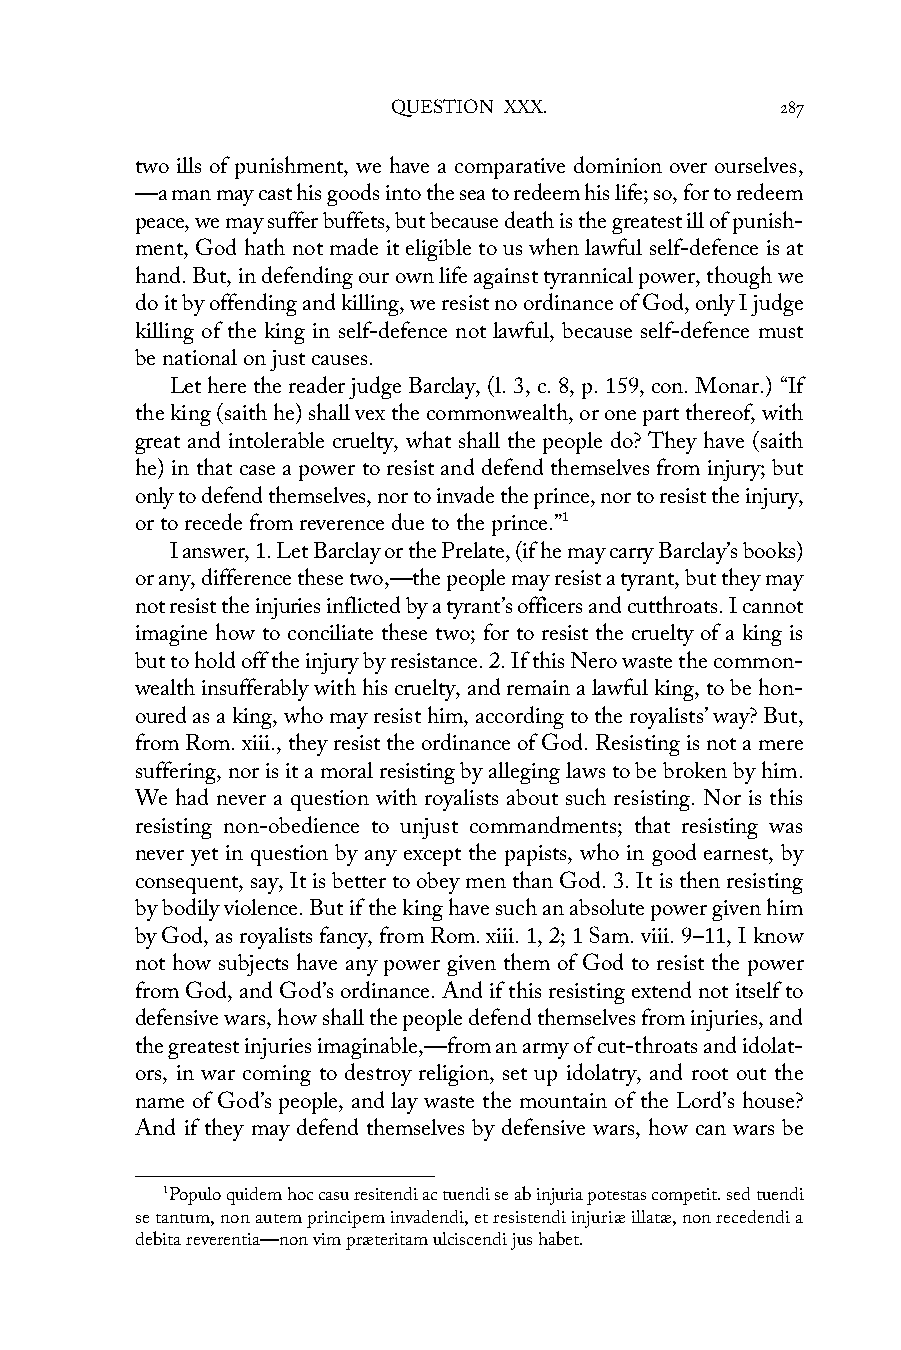
QUESTION XXX.             287
 two ills of punishment, we have a comparative dominion over ourselves,
 —a man may cast his goods into the sea to redeem his life; so, for to redeem
 peace, we may suffer buffets, but because death is the greatest ill of punish-
 ment, God hath not made it eligible to us when lawful self-defence is at
 hand. But, in defending our own life against tyrannical power, though we
 do it by offending and killing, we resist no ordinance of God, only I judge
 killing of the king in self-defence not lawful, because self-defence must
 be national on just causes.
 Let here the reader judge Barclay, (l. 3, c. 8, p. 159, con. Monar.) “If
 the king (saith he) shall vex the commonwealth, or one part thereof, with
 great and intolerable cruelty, what shall the people do? They have (saith
 he) in that case a power to resist and defend themselves from injury; but
 only to defend themselves, nor to invade the prince, nor to resist the injury,
 or to recede from reverence due to the prince.”1
 I answer, 1. Let Barclay or the Prelate, (if he may carry Barclay’s books)
 or any, difference these two,—the people may resist a tyrant, but they may
 not resist the injuries inflicted by a tyrant’s officers and cutthroats. I cannot
 imagine how to conciliate these two; for to resist the cruelty of a king is
 but to hold off the injury by resistance. 2. If this Nero waste the common-
 wealth insufferably with his cruelty, and remain a lawful king, to be hon-
 oured as a king, who may resist him, according to the royalists’ way? But,
 from Rom. xiii., they resist the ordinance of God. Resisting is not a mere
 suffering, nor is it a moral resisting by alleging laws to be broken by him.
 We had never a question with royalists about such resisting. Nor is this
 resisting non-obedience to unjust commandments; that resisting was
 never yet in question by any except the papists, who in good earnest, by
 consequent, say, It is better to obey men than God. 3. It is then resisting
 by bodily violence. But if the king have such an absolute power given him
 by God, as royalists fancy, from Rom. xiii. 1, 2; 1 Sam. viii. 9–11, I know
 not how subjects have any power given them of God to resist the power
 from God, and God’s ordinance. And if this resisting extend not itself to
 defensive wars, how shall the people defend themselves from injuries, and
 the greatest injuries imaginable,—from an army of cut-throats and idolat-
 ors, in war coming to destroy religion, set up idolatry, and root out the
 name of God’s people, and lay waste the mountain of the Lord’s house?
 And if they may defend themselves by defensive wars, how can wars be
 1Populo quidem hoc casu resitendi ac tuendi se ab injuria potestas competit. sed tuendi
 se tantum, non autem principem invadendi, et resistendi injuriæ illatæ, non recedendi a
 debita reverentia—non vim præteritam ulciscendi jus habet.